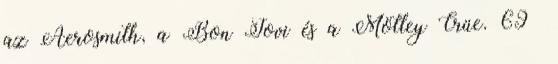
az Aerosmith, a Bon Jovi és a Mötley Crüe. 69